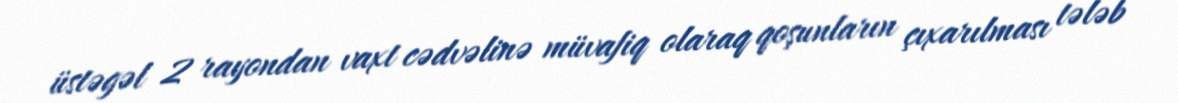
üstəgəl 2 rayondan vaxt cədvəlinə müvafiq olaraq qoşunların çıxarılması tələb